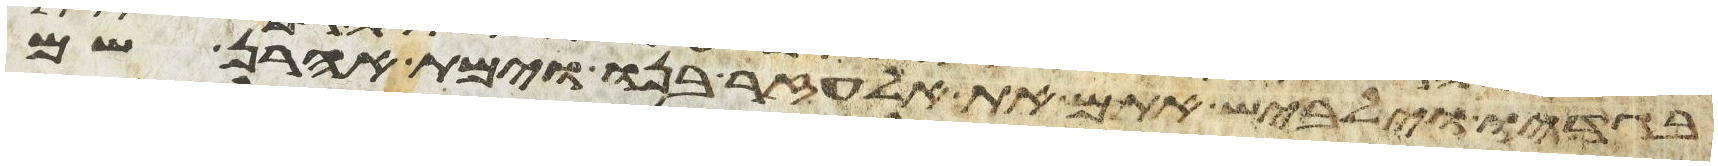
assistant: בגדיו וילבש אתם את אלעזר בנו וימת אהרן שם